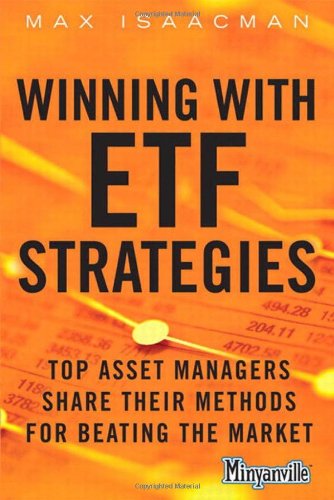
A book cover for Winning with ETF Strategies: Top Asset Managers Share Their Methods for Beating the Market (Minyanville Media); Max Isaacman; Business & Money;